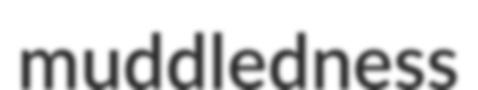
muddledness